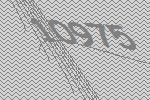
10975